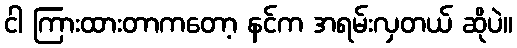
ငါ ကြားထားတာကတော့ နင်က အရမ်းလှတယ် ဆိုပဲ။